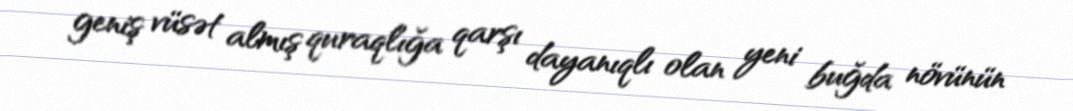
geniş vüsət almış quraqlığa qarşı dayanıqlı olan yeni buğda növünün